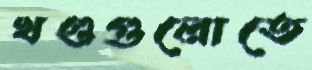
খণ্ডগুলোতে